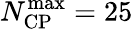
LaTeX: N_{\mathrm{CP}}^{\mathrm{max}}=25